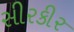
સીરકીર